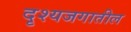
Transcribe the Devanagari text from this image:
दृश्यजगातील